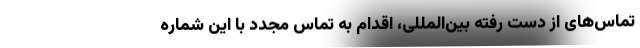
تماس‌های از دست ‌رفته بین‌المللی، اقدام به تماس مجدد با این شماره‌